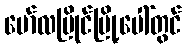
မော်လမြိုင်မြို့ပေါ်တွင်